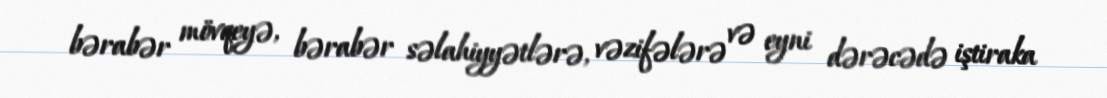
bərabər mövqeyə, bərabər səlahiyyətlərə, vəzifələrə və eyni dərəcədə iştiraka